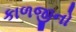
કાળજીનો